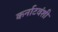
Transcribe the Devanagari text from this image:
कर्नाटवंशी